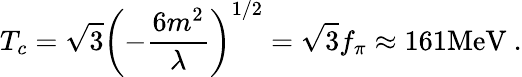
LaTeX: T_{c}=\sqrt{3}\left(-\frac{6m^{2}}{\lambda}\right)^{1/2}=\sqrt{3}f_{\pi}\approx 161\mathrm{MeV~.}